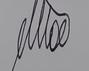
Signature authenticity: genuine